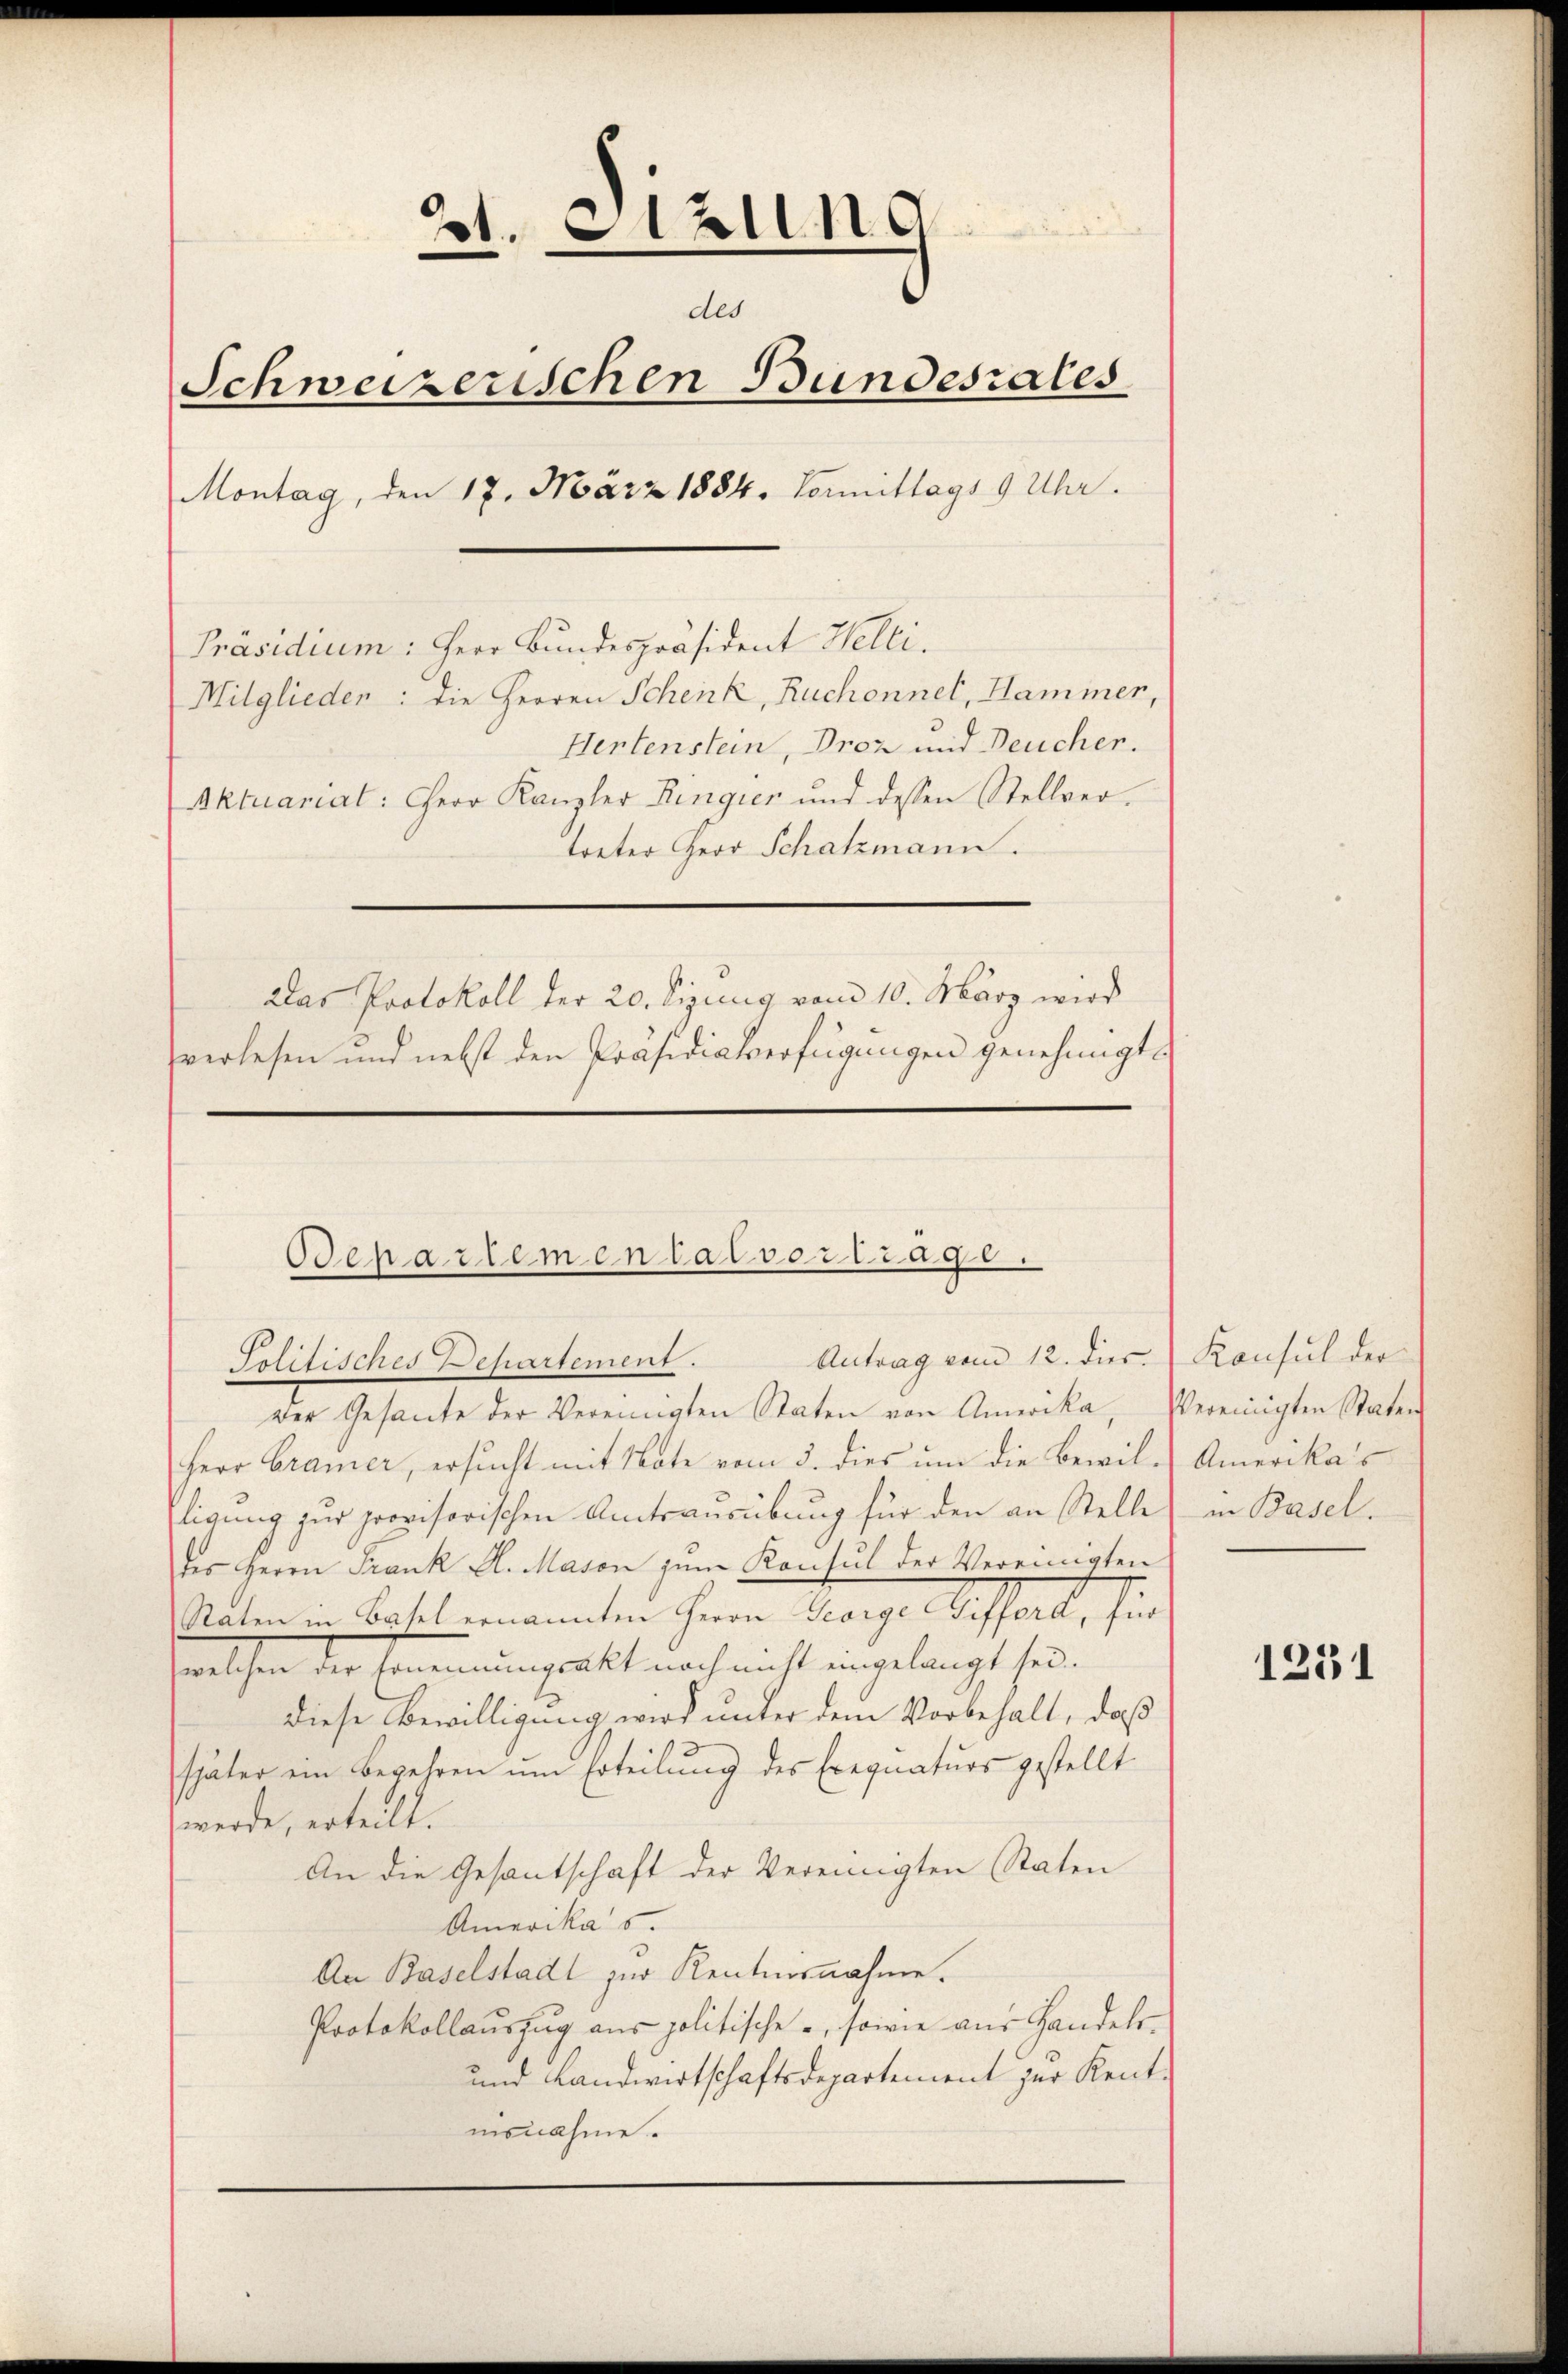
dt. Sitzung
des
Schweizerischen Bundesrates
Montag, den 18. März 1884. Vormittags 9 Uhr.
Präsidium: Herr Bundespräsident Welti.
Mitglieden: die Herren Schenk, Ruchonnet, Hammer,
Hertenstein, Proz und Deucher.
Aktuariat: Herr Kanzler Ringier und dessen Stellver-
treter Herr Schatzmann.
Das Protokoll der 20. Lizung vom 10. März wird
verlesen und nebst den Präsidialverfügungen genehmigt.

Odepartementalvertrage.
Antrag vom 12. dies
Politisches Departement.

Der Gesante der Vereinigten Staten von Amerika, Vereinigten Staten
Herr Cramer, ersucht mit Note vom 3. dies um die Bewilligung zur provisorischen Amtsausübung für den an Stelle
des Herrn Frank A. Mason zum Kontul der Vereinigten
Raten in Basel ernannten Herrn George Gifford, für
welchen der Ernennungschaft noch nicht eingelangt sei.
diese Bewilligung wird unter dem Vorbehalt, daß
später ein Begehren ŭm Erteilŭng des Exequaturs gestellt
werde, erteilt.
An die Gesantschaft der Vereinigten Staten
Amerika s.
An Baselstadt zur Kentnisnahme.
Protokollauszug aus politische , sowie zur Handels-
und Landwirtschaftsdepartement zur Kent-
insnahme.

Konsul der
Amerikas
in Basel.

1231